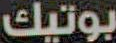
بوتيك